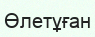
Өлетұған